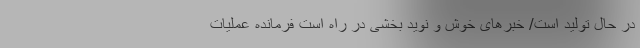
در حال تولید است/ خبرهای خوش و نوید بخشی در راه است فرمانده عملیات